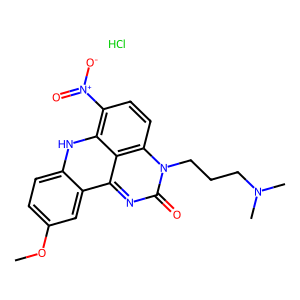
SMILES: COc1ccc2[nH]c3c([N+](=O)[O-])ccc4c3c(nc(=O)n4CCCN(C)C)c2c1.Cl
Inhibits HIV replication: No